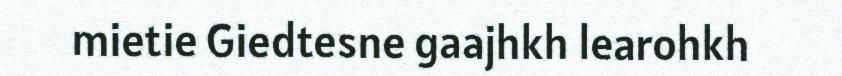
mietie Giedtesne gaajhkh learohkh